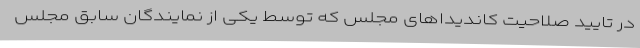
در تایید صلاحیت کاندیداهای مجلس که توسط یکی از نمایندگان سابق مجلس